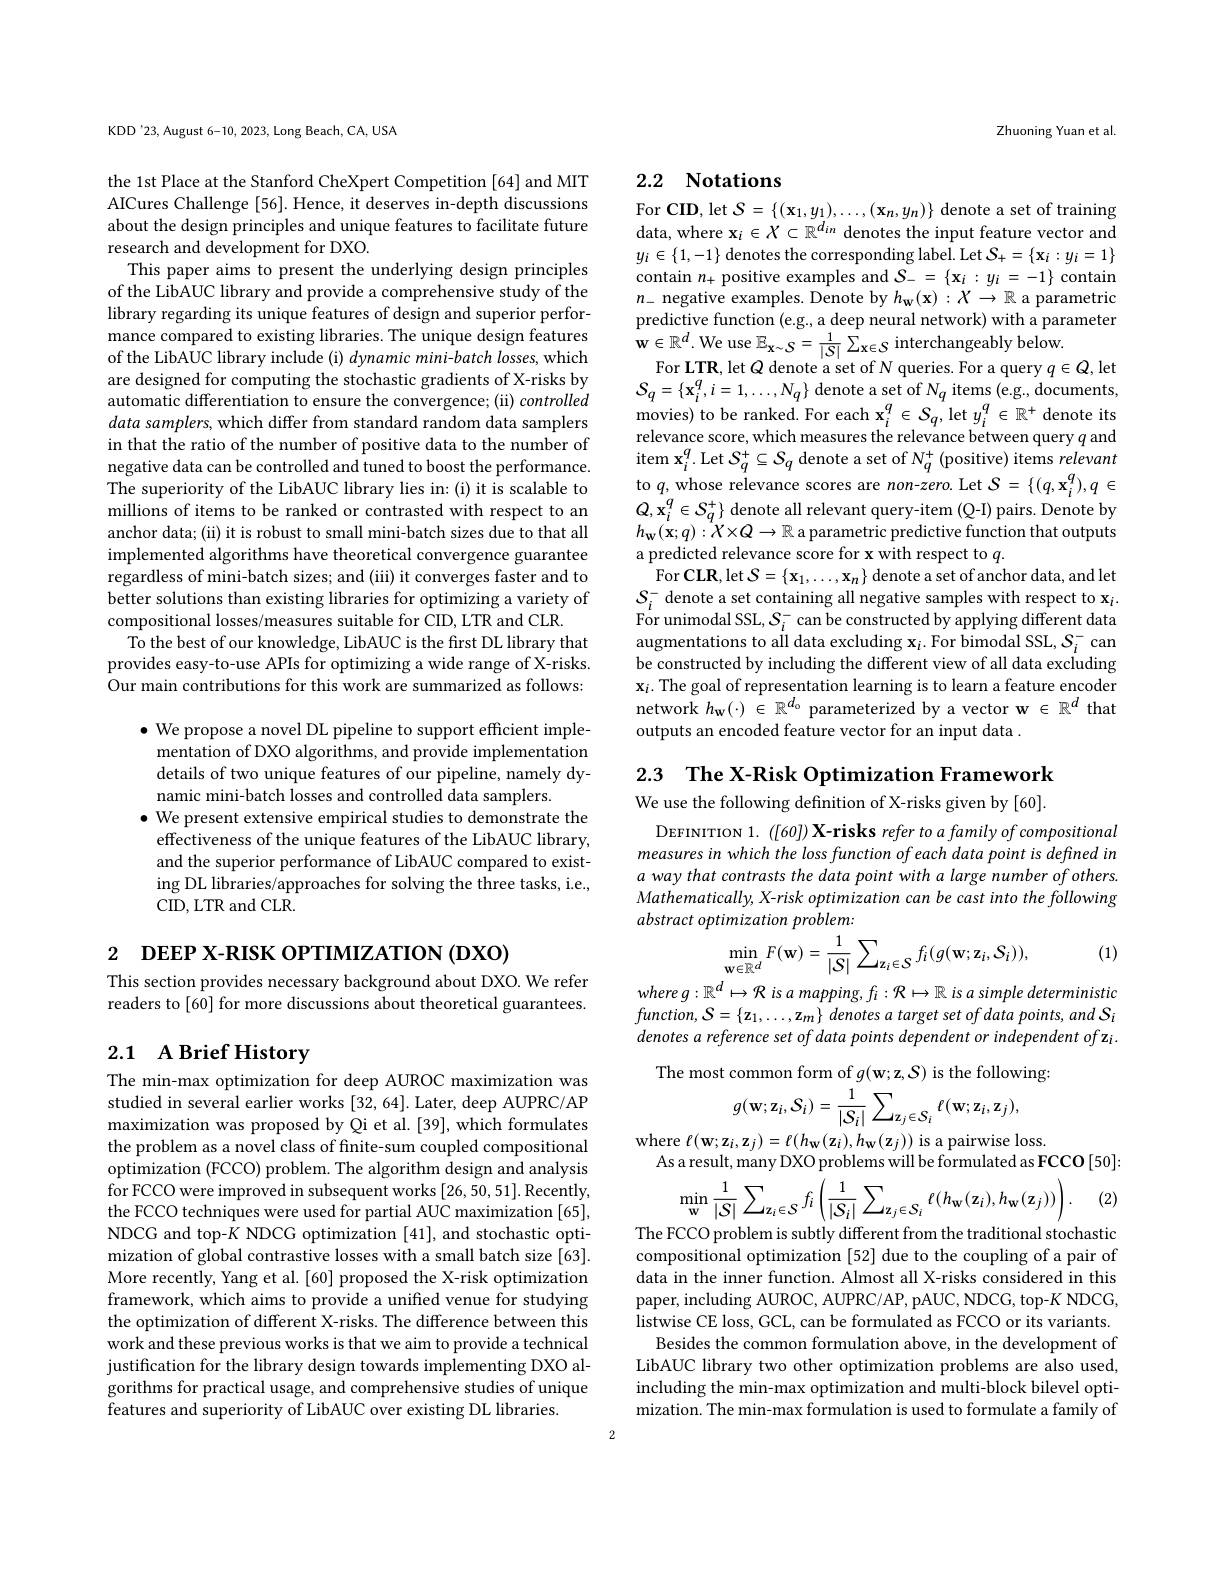
KDD'23, August 6-10, 2023, Long Beach, CA, USA

the 1st Place at the Stanford CheXpert Competition [64] and MIT AICures Challenge [56]. Hence, it deserves in-depth discussions about the design principles and unique features to facilitate future research and development for DXO.
This paper aims to present the underlying design principles of the LibAUC library and provide a comprehensive study of the library regarding its unique features of design and superior performance compared to existing libraries. The unique design features of the LibAUC library include (i) dynamic mini-batch losses, which are designed for computing the stochastic gradients of X-risks by automatic differentiation to ensure the convergence; (ii) controlled data samplers, which differ from standard random data samplers in that the ratio of the number of positive data to the number of negative data can be controlled and tuned to boost the performance. The superiority of the LibAUC library lies in:(i) it is scalable to millions of items to be ranked or contrasted with respect to an anchor data; (ii) it is robust to small mini-batch sizes due to that all implemented algorithms have theoretical convergence guarantee regardless of mini-batch sizes; and (iii) it converges faster and to better solutions than existing libraries for optimizing a variety of compositional losses/measures suitable for CID, LTR and CLR.
To the best of our knowledge, LibAUC is the first DL library that provides easy-to-use APIs for optimizing a wide range of X-risks. Our main contributions for this work are summarized as follows:

$\bullet$ We propose a novel DL pipeline to support efficient implementation of DXO algorithms, and provide implementation details of two unique features of our pipeline, namely dynamic mini-batch losses and controlled data samplers.
$\bullet$ We present extensive empirical studies to demonstrate the effectiveness of the unique features of the LibAUC library, and the superior performance of LibAUC compared to existing DL libraries/approaches for solving the three tasks, i.e., CID, LTR and CLR.

2 DEEP X-RISK OPTIMIZATION (DXO)

This section provides necessary background about DXO. We refer readers to [60] for more discussions about theoretical guarantees.

## 2.1 A Brief History

The min-max optimization for deep AUROC maximization was studied in several earlier works [32,64]. Later, deep AUPRC/AP maximization was proposed by Qi et al. [39], which formulates the problem as a novel class of finite-sum coupled compositional optimization (FCCO) problem. The algorithm design and analysis for FCCO were improved in subsequent works [26,50,51]. Recently, the FCCO techniques were used for partial AUC maximization [65], NDCG and top-K NDCG optimization [41], and stochastic optimization of global contrastive losses with a small batch size [63]. More recently, Yang et al. [60] proposed the X-risk optimization framework, which aims to provide a unified venue for studying the optimization of different X-risks. The difference between this work and these previous works is that we aim to provide a technical justification for the library design towards implementing DXO algorithms for practical usage, and comprehensive studies of unique features and superiority of LibAUC over existing DL libraries.

Zhuoning Yuan et al

## 2.2 Notations

For CID, let $\mathcal{S}=\left\{(\mathbf{x}_{1},y_{1}),\ldots,(\mathbf{x}_{n},y_{n})\right\}$ denote a set of training data, where $\mathbf{x}_i\in X\subset\mathbb{R}^{d_{in}}$ denotes the input feature vector and $y_{i}\in \{ 1, - 1\}$ denotes the corresponding label. Let $S_{+ }= \{ \mathbf{x} _{i}: y_{i}= 1\}$ contain $n_{+ }$ positive examples and $S_{- }= \{ \mathbf{x} _{i}: y_{i}= - 1\}$ contain $n_{-}$ negative examples. Denote by $h_\mathbf{w}(\mathbf{x}):X\to\mathbb{R}$ a parametric predictive function (e.g., a deep neural network) with a parameter $\mathbf{w}\in\mathbb{R}^{d}.$We use $\mathbb E_\mathbf{x}\sim S=\frac1{|S|}\sum_{\mathbf{x}\in\mathcal{S}}$ interchangeably below.
For LTR, let $Q$ denote a set of N queries. For a query $q\in Q$,let $S_{q}=\{\mathbf{x}_{i}^{q},i=1,\ldots,N_{q}\}$ denote a set of $N_q$ items (e.g., documents, ${\mathrm{movies)~to~be~ranked.~For~each~x}}_{i}^{q}\in{\mathcal{S}}_{q},{\mathrm{let~}}y_{i}^{q}\in{\mathbb{R}}^{+}$denote its relevance score, which measures the relevance between query $q$ and $\operatorname{item}\mathbf{x}_{i}^{q}.\operatorname{Let}S_{q}^{+}\subseteq\mathcal{S}_{q}$ denote a set of $N_{q}^{+}\left(\mathrm{positive}\right)\operatorname{items}_{a}relevant$ to $q$,whose relevance scores are non-zero. Let $S=\{(q,\mathbf{x}_i^{q}),q\in$ $Q,\mathbf{x}_{i}^{q}\in S_{q}^{+}\}$ denote all relevant query-item (Q-I) pairs. Denote by $h_{\mathbf{w} }( \mathbf{x} ; q) : \dot{X} \times Q\to \mathbb{R}$ a parametric predictive function that outputs a predicted relevance score for x with respect to $q.$
$\operatorname{For}\mathbf{CLR},\operatorname*{let}S=\{\mathbf{x}_{1},\ldots,\mathbf{x}_{n}\}$ denote a set of anchor data, and let $\mathcal{S}_i^-$ denote a set containing all negative samples with respect to x$_i.$ For unimodal SSL, $S_{i}^{- }$ can be constructed by applying different data $\mathrm{augmentations~to~all~data~excluding~x}_{i}.$ For bimodal SSL, $S_{i}^{- }$ can be constructed by including the different view of all data excluding $\mathbf{x}_i.$ The goal of representation learning is to learn a feature encoder network $h_{\mathrm{w}}(\cdot)\in\mathbb{R}^{d_{\mathrm{o}}}$ parameterized by a vector w $\in\mathbb{R}^d$ that outputs an encoded feature vector for an input data .

2.3 $\textbf{The X- Risk Optimization Framework}$

We use the following definition of X-risks given by [60].

DEFINITION 1. ([60]) X-risks refer to a family of compositional measures in which the loss function of each data point is defined in a way that contrasts the data point with a large number of others. Mathematically, X-risk optimization can be cast into the following abstract optimization problem:
$$\min_{\mathbf{w}\in\mathbb{R}^{d}}F(\mathbf{w})=\frac{1}{|S|}\sum_{\mathbf{z}_{i}\in S}f_{i}(g(\mathbf{w};\mathbf{z}_{i},S_{i})),$$
(1)

$whereg:\mathbb{R}^d\mapsto\mathcal{R}$ is a mapping, $f_i:\mathcal{R}\mapsto\mathbb{R}$ is a simple deterministic

$function,S=\{\mathbf{z}_{1},\ldots,\mathbf{z}_{m}\}$ denotes a target set of data points, and $S_i$ denotes a reference set of data points dependent or independent of zi. The most common form of $g(\mathbf{w};\mathbf{z},\mathcal{S})$ is the following:
$$g(\mathbf{w};\mathbf{z}_{i},S_{i})=\frac{1}{|S_{i}|}\sum_{|\mathbf{z}_{j}\in S_{i}}\ell(\mathbf{w};\mathbf{z}_{i},\mathbf{z}_{j}),$$
where $\ell(\mathbf{w};\mathbf{z}_{i},\mathbf{z}_{j})=\ell(h_{\mathbf{W}}(\mathbf{z}_{i}),h_{\mathbf{W}}(\mathbf{z}_{j}))$ is a pairwise loss.

As a result, many DXO problems will be formulated as FCCO [50]:
$$\min_{\mathbf{w}}\frac{1}{|S|}\sum_{\mathbf{z}_{i}\in S}f_{i}\left(\frac{1}{|S_{i}|}\sum_{\mathbf{z}_{j}\in S_{i}}\ell(h_{\mathbf{w}}(\mathbf{z}_{i}),h_{\mathbf{w}}(\mathbf{z}_{j}))\right).$$
(2)

The FCCO problem is subtly different from the traditional stochastic compositional optimization [52] due to the coupling of a pair of data in the inner function. Almost all X-risks considered in this paper, including AUROC, AUPRC/AP, pAUC, NDCG, top-K NDCG, listwise CE loss, GCL, can be formulated as FCCO or its variants.
Besides the common formulation above, in the development of LibAUC library two other optimization problems are also used, including the min-max optimization and multi-block bilevel optimization. The min-max formulation is used to formulate a family of